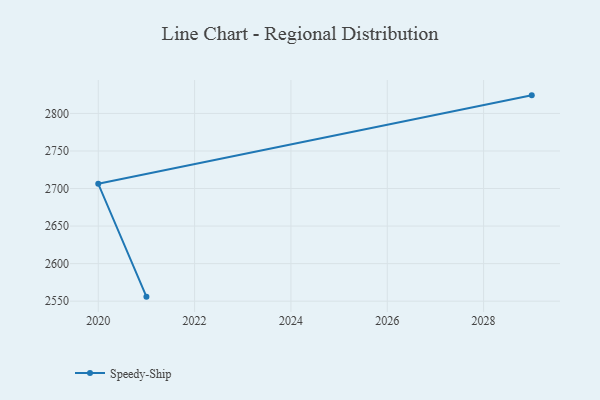
{"axis": {"x": "Year", "y": "Humidity (%)"}, "legend": ["Speedy-Ship"], "data": [{"x": "2021", "y": 2556.0, "type": "Speedy-Ship"}, {"x": "2020", "y": 2706.3, "type": "Speedy-Ship"}, {"x": "2029", "y": 2824.1, "type": "Speedy-Ship"}]}